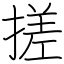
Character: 搓